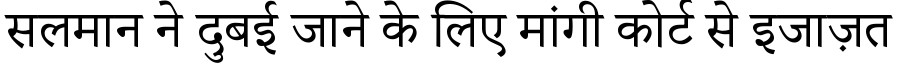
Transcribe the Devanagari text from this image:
सलमान ने दुबई जाने के लिए मांगी कोर्ट से इजाज़त